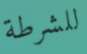
للشرطة